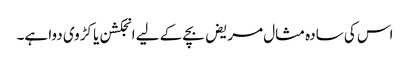
اس کی سادہ مثال مریض بچے کے لیے انجکشن یا کڑوی دوا ہے۔